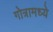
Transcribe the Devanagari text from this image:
गोत्रामध्ये